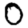
Digit: 0